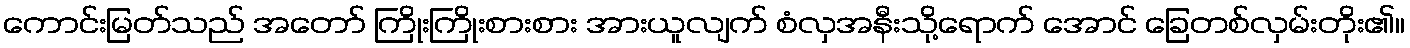
ကောင်းမြတ်သည် အတော် ကြိုးကြိုးစားစား အားယူလျက် စံလှအနီးသို့ရောက် အောင် ခြေတစ်လှမ်းတိုး၏။